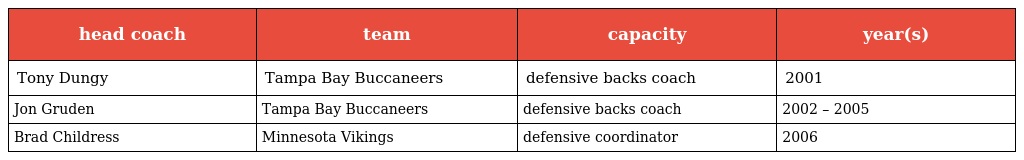
| head coach | team | capacity | year(s) |
 | --- | --- | --- | --- |
 | Tony Dungy | Tampa Bay Buccaneers | defensive backs coach | 2001 |
 | Jon Gruden | Tampa Bay Buccaneers | defensive backs coach | 2002 – 2005 |
 | Brad Childress | Minnesota Vikings | defensive coordinator | 2006 |